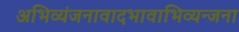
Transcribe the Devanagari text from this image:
अभिव्यंजनावादभावाभिव्यन्जना